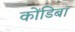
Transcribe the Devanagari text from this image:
कोंडिबा